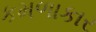
કમળાકાર